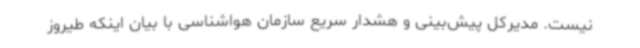
نیست. مدیرکل پیش‌بینی و هشدار سریع سازمان هواشناسی با بیان اینکه طیروز